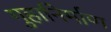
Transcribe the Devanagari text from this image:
गुहानिर्माण